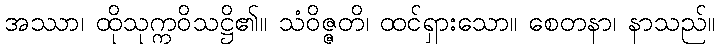
အဿာ၊ ထိုသုက္ကဝိသဋ္ဌိ၏။ သံဝိဇ္ဇတိ၊ ထင်ရှားသော။ စေတနာ၊ နာသည်။